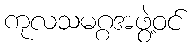
ကုလသမဂ္ဂအဖွဲ့ဝင်